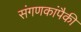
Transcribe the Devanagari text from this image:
संगणकांपैकी